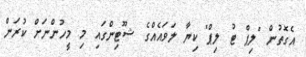
އެގޮތުން "ލިޕް ޓު ލިޕް" ކިޔާ ލަވައެއްގެ ޝޫޓިންގައި މި މީހުންނަށް ކުރަން